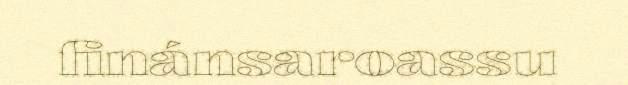
finánsaroassu